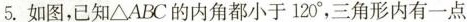
5.如图，已知\bigtriangleup ABC的内角都小于120°，三角形内有一点